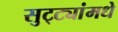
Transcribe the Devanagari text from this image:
सुट्ट्यांमधे